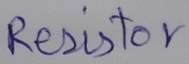
Text: Resistor